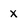
Character: X